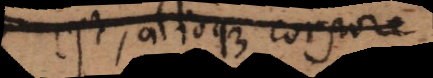
est, alioque corpore